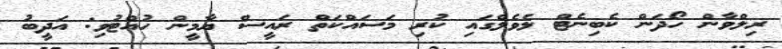
ރިލްވާން ހޯދަން ކެބިނެޓް ލެވެލްގައި ކުރި މަސައްކަތް ރަައީސް ޔާމީން ހުއްޓުވި: އަދީބު